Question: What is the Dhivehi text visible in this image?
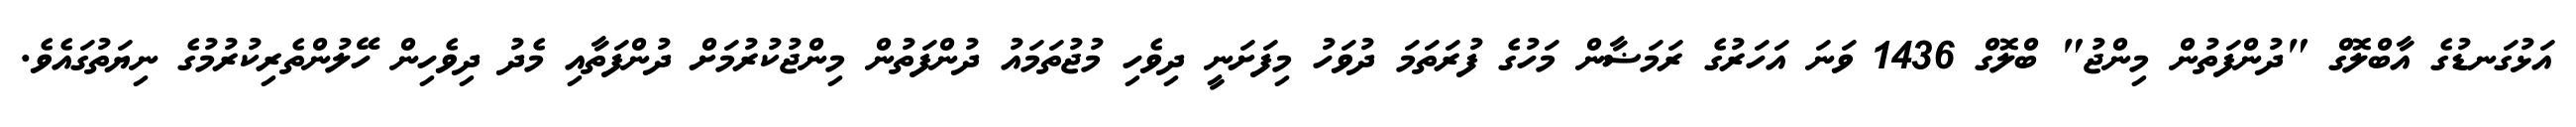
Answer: އަޅުގަނޑުގެ އާބްލޮގް "ދުންފަތުން މިންޖު" ބްލޮގް 1436 ވަނަ އަހަރުގެ ރަމަޟާން މަހުގެ ފުރަތަމަ ދުވަހު މިފަށަނީ ދިވެހި މުޖުތަމައު ދުންފަތުން މިންޖުކުރުމަށް ދުންފަތާއި މެދު ދިވެހިން ހޭލުންތެރިކުރުމުގެ ނިޔަތުގައެވެ.